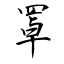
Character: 罩